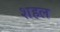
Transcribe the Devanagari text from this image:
शहल